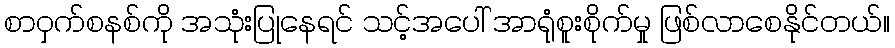
စာဝှက်စနစ်ကို အသုံးပြုနေရင် သင့်အပေါ် အာရုံစူးစိုက်မှု ဖြစ်လာစေနိုင်တယ်။